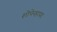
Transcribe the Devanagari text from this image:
शोपेनहायर